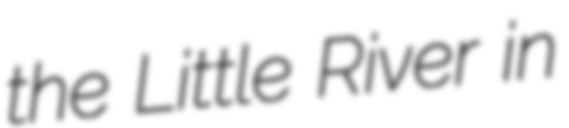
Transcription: the Little River in